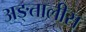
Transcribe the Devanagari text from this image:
अङ्तालीस